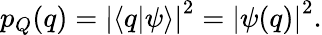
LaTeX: \begin{array}{r}{p_{Q}(q)=\left|\langle q|\psi\rangle\right|^{2}=\left|\psi(q)\right|^{2}.}\end{array}